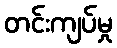
တင်းကျပ်မှု